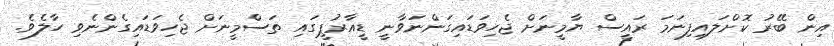
އިން ބޭރު ކޮށްލައިފިނަމަ ރައީސް ޔާމީނަށް ޖެހިވަޑައިގަންނަވާނީ ޑީއާރުޕީގައި ތަސްމީނަށް ޖެހިވަޑައިގެންނެވި ހާލެވެ.